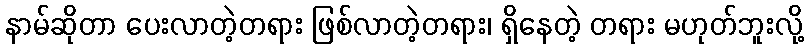
နာမ်ဆိုတာ ပေးလာတဲ့တရား ဖြစ်လာတဲ့တရား၊ ရှိနေတဲ့ တရား မဟုတ်ဘူးလို့